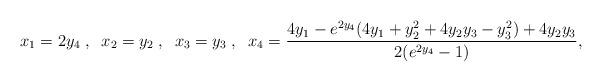
LaTeX: \begin{align*}x_1=2 y_4\;,\;\;x_2=y_2\;,\;\;x_3= y_3\;,\;\;x_4=\frac{4y_1-e^{2y_4}(4y_1+y_2^2+4y_2 y_3-y_3^2)+4y_2y_3}{2(e^{2y_4}-1)},\end{align*}